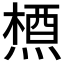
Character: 𪳝